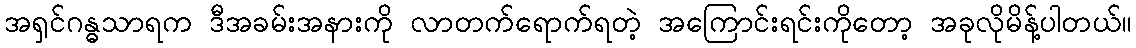
အရှင်ဂန္ဓသာရက ဒီအခမ်းအနားကို လာတက်ရောက်ရတဲ့ အကြောင်းရင်းကိုတော့ အခုလိုမိန့်ပါတယ်။